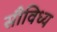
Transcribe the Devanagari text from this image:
सौविध्य